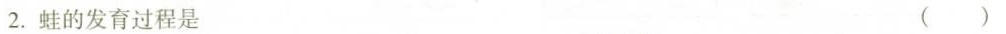
2. 蛙的发育过程是 ( )